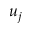
u _ { j }